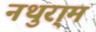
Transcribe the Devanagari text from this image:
नथुरा्म